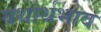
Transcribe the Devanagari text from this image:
यथार्थभाव